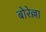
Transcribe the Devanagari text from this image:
बोरेल्ला